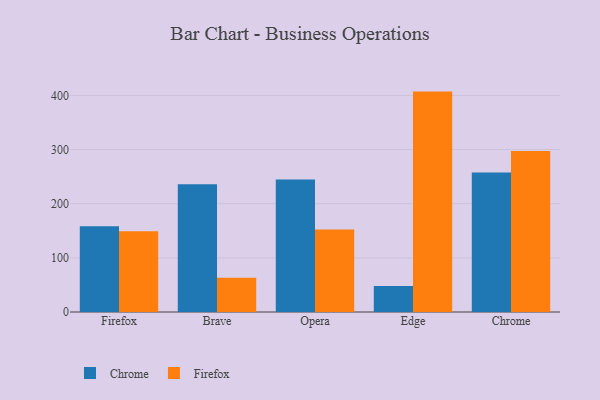
{"axis": {"x": "Browser", "y": "Tickets Resolved"}, "legend": ["Chrome", "Firefox"], "data": [{"x": "Firefox", "y": 158.3, "type": "Chrome"}, {"x": "Firefox", "y": 149.2, "type": "Firefox"}, {"x": "Brave", "y": 235.7, "type": "Chrome"}, {"x": "Brave", "y": 63.3, "type": "Firefox"}, {"x": "Opera", "y": 244.7, "type": "Chrome"}, {"x": "Opera", "y": 152.2, "type": "Firefox"}, {"x": "Edge", "y": 47.8, "type": "Chrome"}, {"x": "Edge", "y": 407.0, "type": "Firefox"}, {"x": "Chrome", "y": 257.4, "type": "Chrome"}, {"x": "Chrome", "y": 297.2, "type": "Firefox"}]}